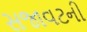
સજાવટની